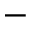
-